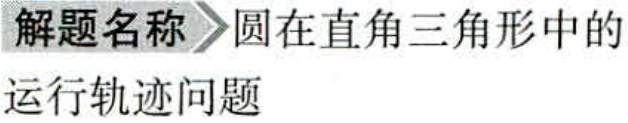
解题名称\(>\)圆在直角三角形中的运行轨迹问题